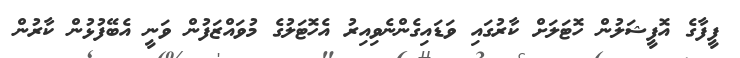
ފީފާގެ އޮފީޝަލުން ހޮޓަލަށް ކާރުގައި ވަޑައިގެންނެވިއިރު އެހޮޓަލުގެ މުވައްޒަފުން ވަނީ އެބޭފުޅުން ކާރުން